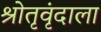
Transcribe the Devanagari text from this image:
श्रोतृवृंदाला